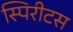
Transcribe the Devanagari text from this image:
स्पिरीटस